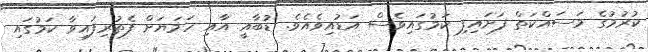
ކުރުމުގެ މަސައްކަތް ފަށައިފި ކަމުގައިވެސް އަޑުއިވެއެވެ. ޑުބާއީ އާއި ހަމަޔަށް ފެތުރިފައިވާ ކަމުގައި